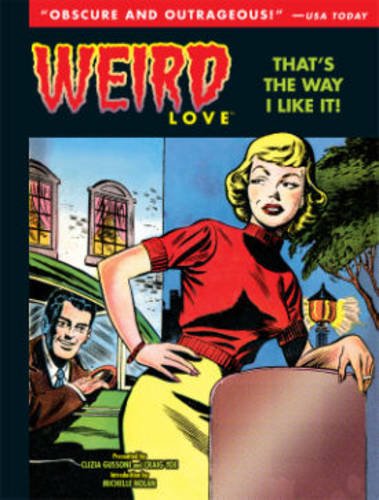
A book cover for Weird Love: That's The Way I Like It! (Weird Love Hc); Various; Comics & Graphic Novels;